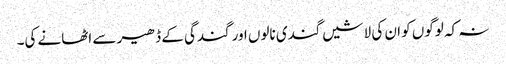
نہ کہ لوگوں کو ان کی لاشیں گندی نالوں اور گندگی کے ڈھیر سے اٹھانے کی۔